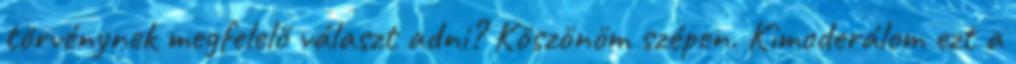
törvénynek megfelelő választ adni? Köszönöm szépen. Kimoderálom ezt a